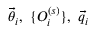
\vec { \theta } _ { i } , \ \{ O _ { i } ^ { ( s ) } \} , \ \vec { q } _ { i }